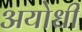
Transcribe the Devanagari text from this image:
अयोधी